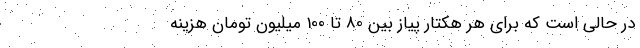
در حالی است که برای هر هکتار پیاز بین 80 تا 100 میلیون تومان هزینه